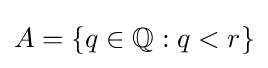
A=\{q\in \mathbb {Q} :q<r\}